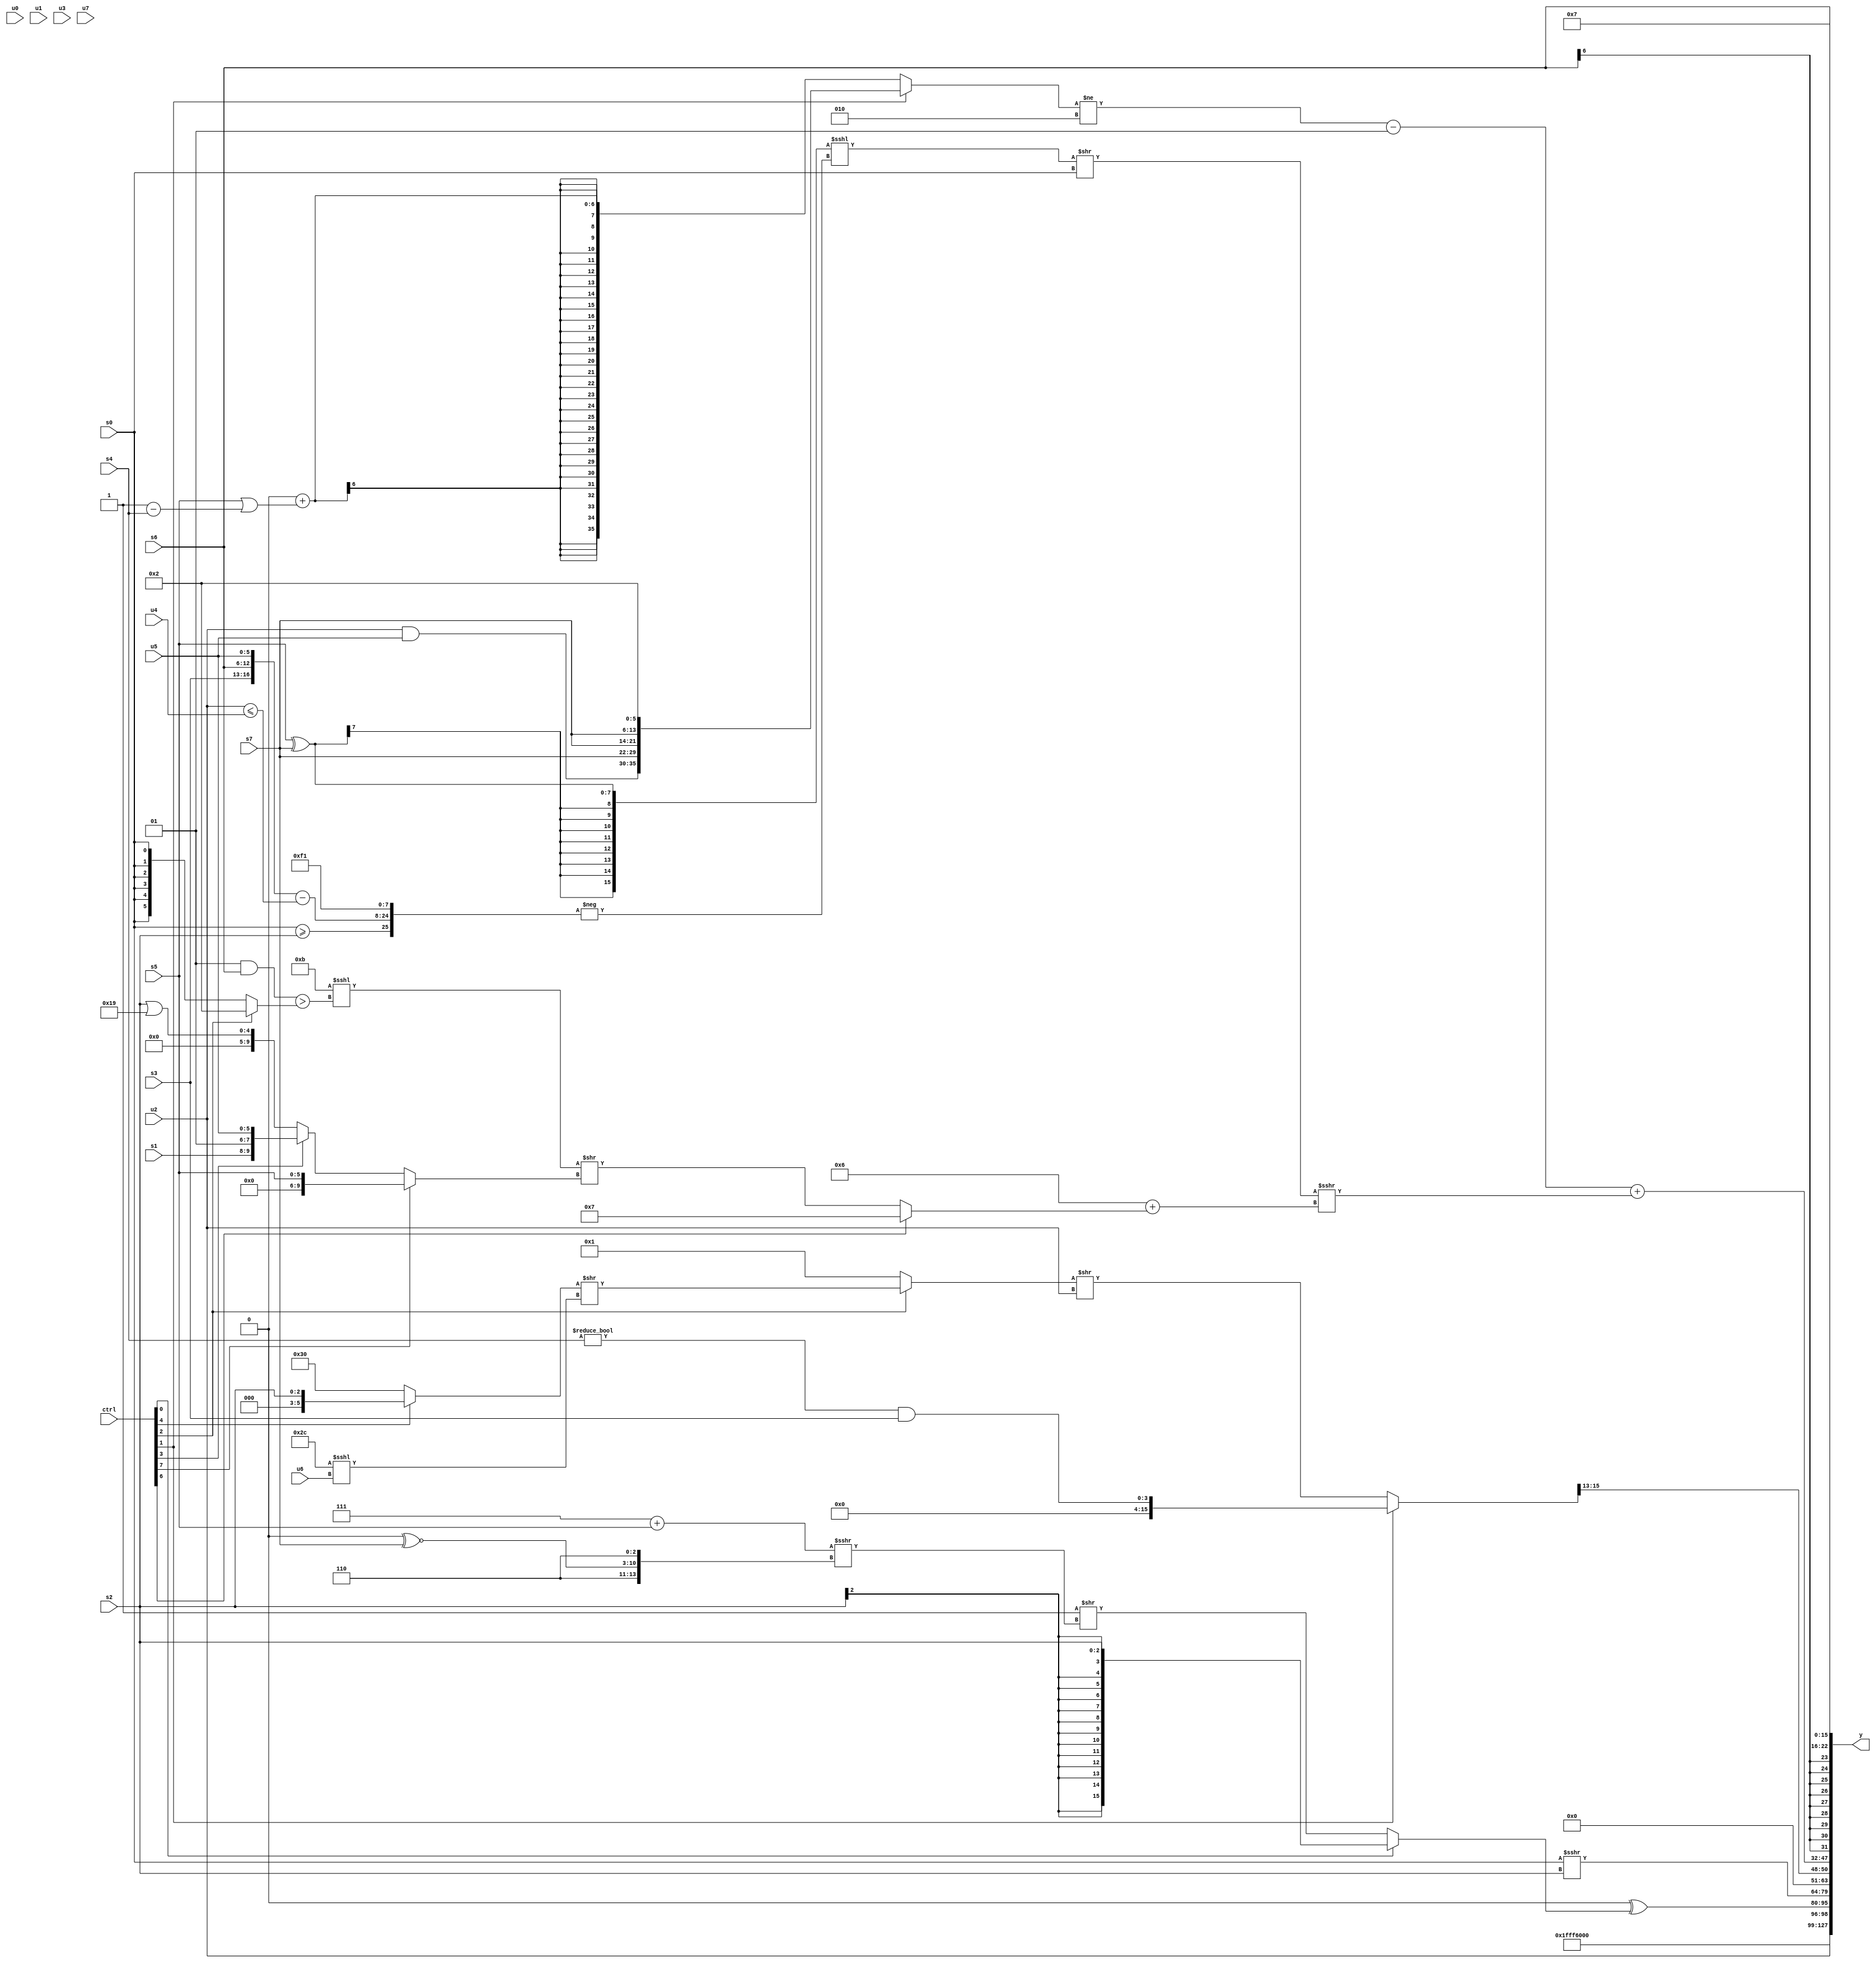
module wideexpr_00316(ctrl, u0, u1, u2, u3, u4, u5, u6, u7, s0, s1, s2, s3, s4, s5, s6, s7, y);
  input [7:0] ctrl;
  input [0:0] u0;
  input [1:0] u1;
  input [2:0] u2;
  input [3:0] u3;
  input [4:0] u4;
  input [5:0] u5;
  input [6:0] u6;
  input [7:0] u7;
  input signed [0:0] s0;
  input signed [1:0] s1;
  input signed [2:0] s2;
  input signed [3:0] s3;
  input signed [4:0] s4;
  input signed [5:0] s5;
  input signed [6:0] s6;
  input signed [7:0] s7;
  output [127:0] y;
  wire [15:0] y0;
  wire [15:0] y1;
  wire [15:0] y2;
  wire [15:0] y3;
  wire [15:0] y4;
  wire [15:0] y5;
  wire [15:0] y6;
  wire [15:0] y7;
  assign y = {y0,y1,y2,y3,y4,y5,y6,y7};
  assign y0 = $signed(+(4'sb1011));
  assign y1 = u2;
  assign y2 = (1'sb0)^((ctrl[0]?s2:(1'sb1)>>($signed((($unsigned(3'b111))+($signed(s5)))>>>({4'sb0110,(3'sb000)^~(s7),3'b110})))));
  assign y3 = (s0)>>>(s2);
  assign y4 = ((ctrl[1]?+((((s4)>>>(1'sb0))!=((3'sb001)>>>(1'b1)))&(s3)):((ctrl[2]?((ctrl[4]?s2:6'sb110000))>>((6'sb101100)<<<(u6)):$signed(1'sb1)))>>($signed({1{$signed(u2)}}))))>>(4'sb1101);
  assign y5 = (($signed(((ctrl[1]?$signed({(u2)&(u5),{3{s7}},$unsigned(6'sb000010)}):(($signed(2'sb01))>>({3{5'sb10101}}))+(($signed(s5))|((1'sb1)-(s4)))))!=(4'sb0010)))-(3'sb001))+((((((s5)^(s7))>>({+({1{1'sb0}}),(u0)&({4{3'b000}})}))<<<(-({(s0)>=($signed(s2)),({s3,s6,u5})-((u2)<=(u4)),{4{$signed(1'sb1)}},{1{4'sb0001}}})))>>(s0))>>>((5'sb00110)+((ctrl[6]?4'sb0111:((((s7)>>(6'sb101110))-(4'sb0101))<<<(((2'sb01)&(s6))>((ctrl[2]?6'sb000010:s0))))>>((ctrl[7]?+(s5):(ctrl[3]?{s1,2'sb01,u5}:(s2)|(5'sb11001))))))));
  assign y6 = $signed(s6);
  assign y7 = 4'sb0111;
endmodule